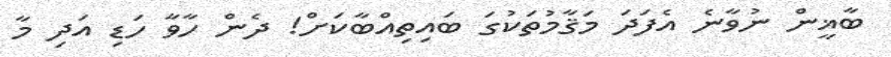
ބާޣީން ނުވާނެ އެފަދަ މަޤާމުތަކުގަ ބައިތިއްބާކަށް! ދެން ހާވާ ހަޑި އަދި މާ